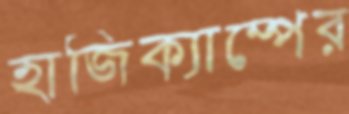
হাজিক্যাম্পের